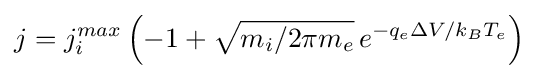
j=j_{i}^{max}\left(-1+{\sqrt {m_{i}/2\pi m_{e}}}\,e^{-q_{e}\Delta V/k_{B}T_{e}}\right)